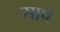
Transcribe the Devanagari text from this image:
सापं